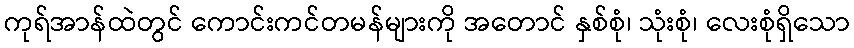
ကုရ်အာန်ထဲတွင် ကောင်းကင်တမန်များကို အတောင် နှစ်စုံ၊ သုံးစုံ၊ လေးစုံရှိသော